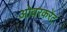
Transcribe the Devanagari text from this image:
ओवरकरेंट